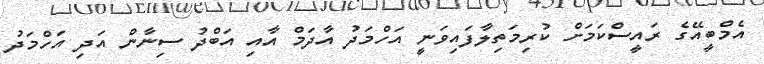
އެމްބީއޭގެ ރައީސްކަމަށް ކުރިމަތިލާފައިވަނީ އަހްމަދު އާދަމް އާއި އަބްދު ސިނާން އަދި އަހްމަދު